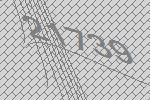
21739